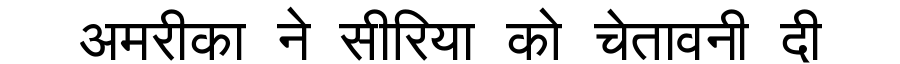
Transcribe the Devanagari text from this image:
अमरीका ने सीरिया को चेतावनी दी